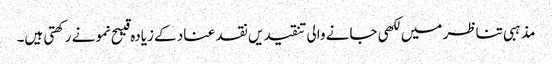
مذہبی تناظر میں لکھی جانے والی تنقیدیں نقد عناد کے زیادہ قیبح نمونے رکھتی ہیں۔